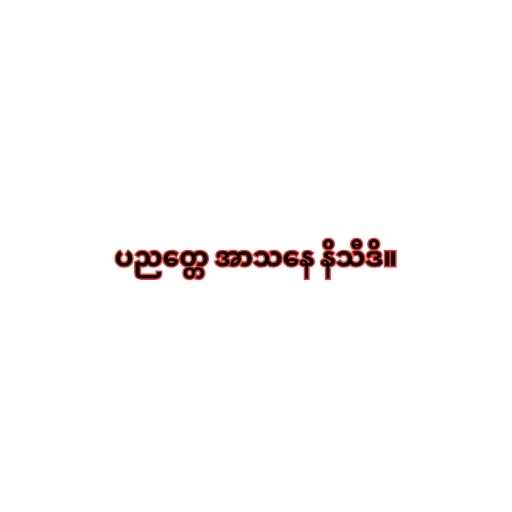
ပညတ္တေ အာသနေ နိသီဒိ။